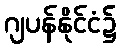
ဂျပန်နိုင်ငံ၌